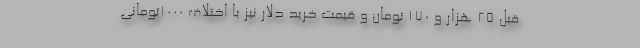
قبل 25 هزار و 170 تومان و قیمت خرید دلار نیز با اختلاف 1000تومانی